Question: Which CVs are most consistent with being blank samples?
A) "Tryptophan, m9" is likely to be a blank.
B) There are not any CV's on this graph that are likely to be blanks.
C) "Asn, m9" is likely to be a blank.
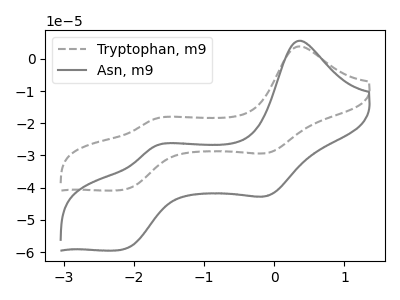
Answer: <think>The gray dashed curve "Tryptophan, m9" has anodic peaks at (0.35V, 3.85uA) (-1.70V, -18.60uA) and cathodic peaks at (-0.10V, -29.10uA) (-2.15V, -40.65uA). The gray curve "Asn, m9" has anodic peaks at (0.35V, 5.65uA) (-1.70V, -27.05uA) and cathodic peaks at (-0.10V, -42.35uA) (-2.15V, -59.20uA).</think>
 <answer>B) There are not any CV's on this graph that are likely to be blanks.</answer>
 <eval>B</eval>